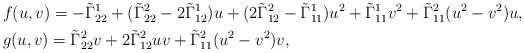
\begin{align*}&f(u,v)=-\tilde{\Gamma}^1_{22}+(\tilde{\Gamma}^2_{22}-2\tilde{\Gamma}^1_{12})u+(2\tilde{\Gamma}^2_{12}-\tilde{\Gamma}^1_{11})u^2+\tilde{\Gamma}^1_{11}v^2+\tilde{\Gamma}^2_{11}(u^2-v^2)u,\\&g(u,v)=\tilde{\Gamma}^2_{22}v+2\tilde{\Gamma}^2_{12}uv+\tilde{\Gamma}^2_{11}(u^2-v^2)v,\end{align*}